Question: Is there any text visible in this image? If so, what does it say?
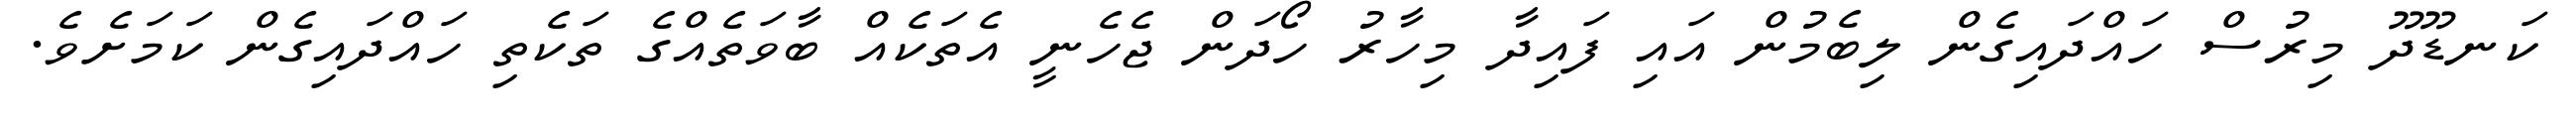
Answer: ކަނޑޫދޫ މިރުސް ހައްދައިގެން ލިބެމުން އައި ފައިދާ މިހާރު ހޯދަން ޖެހެނީ އެތަކެއް ބާވަތެއްގެ ތަކެތި ހައްދައިގެން ކަމަށެވެ.